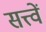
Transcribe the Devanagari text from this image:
सत्त्वें